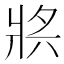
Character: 𤕶